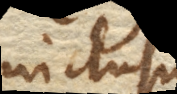
inclusum